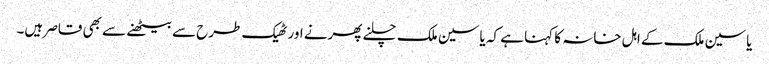
یاسین ملک کے اہل خانہ کا کہنا ہے کہ یاسین ملک چلنے پھرنے اور ٹھیک طرح سے بیٹھنے سے بھی قاصر ہیں۔